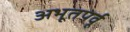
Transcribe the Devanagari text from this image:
अभूतपर्वू